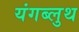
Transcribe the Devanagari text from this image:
यंगब्लुथ